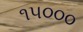
૧૫૦૦૦